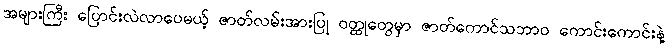
အများကြီး ပြောင်းလဲလာပေမယ့် ဇာတ်လမ်းအားပြု ဝတ္ထုတွေမှာ ဇာတ်ကောင်သဘာဝ ကောင်းကောင်းနဲ့